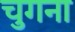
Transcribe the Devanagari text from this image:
चुगना